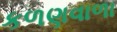
કળણવાળા